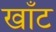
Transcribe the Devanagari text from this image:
खाँट